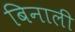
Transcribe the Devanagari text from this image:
बिनाली